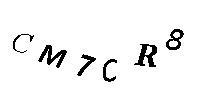
CM7CR8